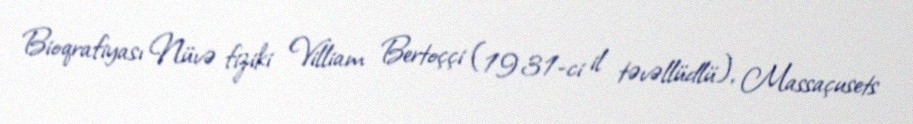
Bioqrafiyası Nüvə fiziki Villiam Bertoççi (1931-ci il təvəllüdlü), Massaçusets